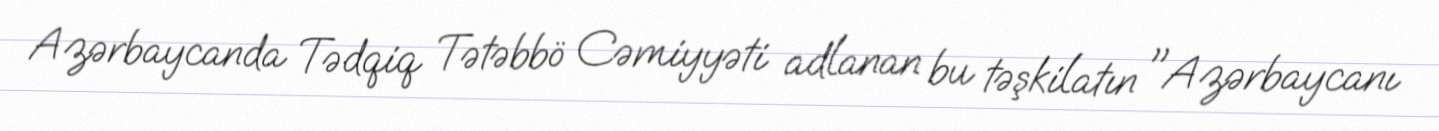
Azərbaycanda Tədqiq Tətəbbö Cəmiyyəti adlanan bu təşkilatın "Azərbaycanı